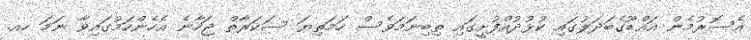
އެސޮރުމެން އައްޑޫގެބަދަލުގައި ކުޅުދުއްފުށީގައި ތިބިނަމަވެސް ހަމަތިޔަ ސަކަރާތް ޖަހާނެ އެހެންކަމުގައިވާ ނަމަ ހއ.